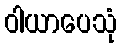
ဝါယာပေသုံ